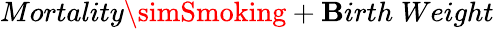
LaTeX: Mortality\simSmoking+\mathbf{B}irth\; Weight